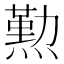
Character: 𤏊